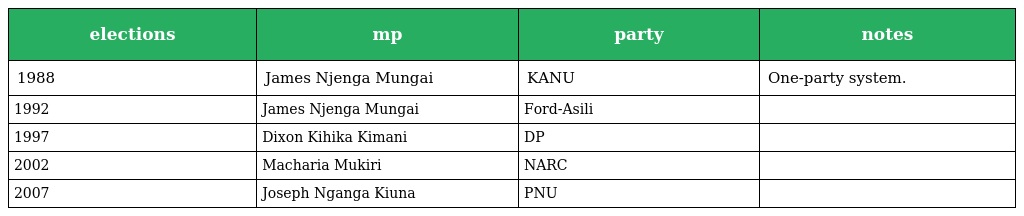
| elections | mp | party | notes |
 | --- | --- | --- | --- |
 | 1988 | James Njenga Mungai | KANU | One-party system. |
 | 1992 | James Njenga Mungai | Ford-Asili |  |
 | 1997 | Dixon Kihika Kimani | DP |  |
 | 2002 | Macharia Mukiri | NARC |  |
 | 2007 | Joseph Nganga Kiuna | PNU |  |